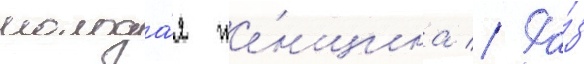
молода́я же́нщина // Ра́з